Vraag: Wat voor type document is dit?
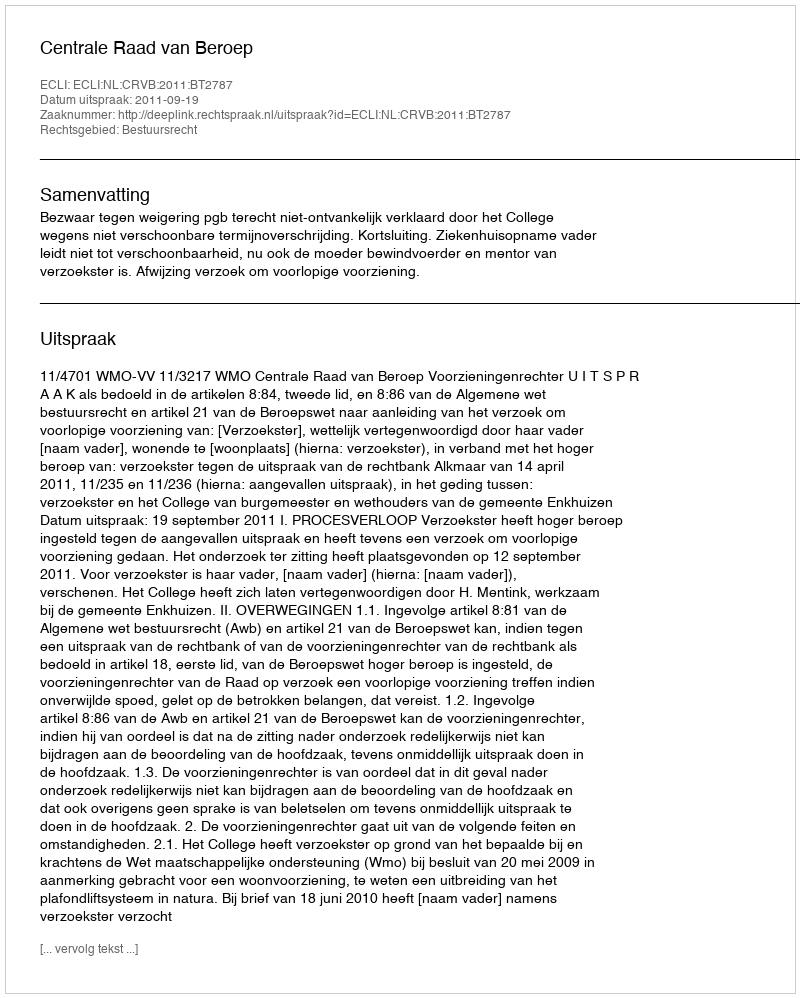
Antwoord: Uitspraak